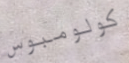
كولومبوس